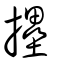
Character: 𢹮